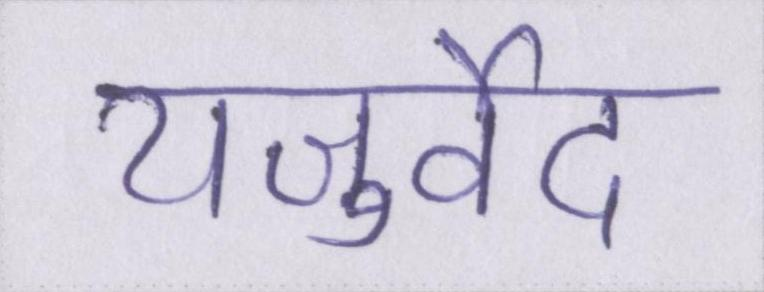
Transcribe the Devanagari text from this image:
यजुर्वेद